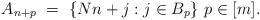
LaTeX: \begin{align*} A_{n+p} \ = \ \{ Nn + j : j \in B_p \} \ p \in [m]. \end{align*}